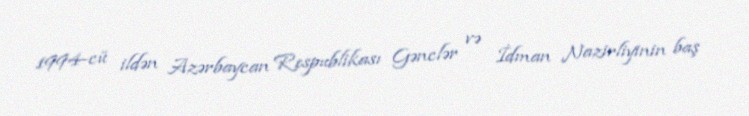
1994-cü ildən Azərbaycan Respublikası Gənclər və İdman Nazirliyinin baş